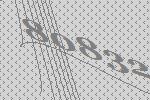
80832